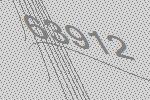
63912